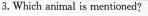
3.Which animal is mentioned?